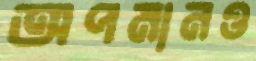
অপমানও